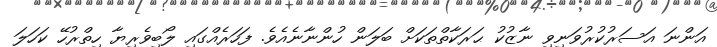
އަންނަ އަސަރުކުރުވަނިވި ނާޒުކު ޙަރަކާތްތަކަށް ބަލަން ހުންނާނެއެވެ. ފަހަރެއްގައި ލޯބިވެރިޔާ ހިތްރުހޭ ކަހަލަ